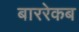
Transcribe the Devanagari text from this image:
बाररेकब